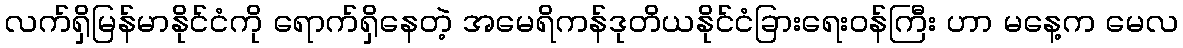
လက်ရှိမြန်မာနိုင်ငံကို ရောက်ရှိနေတဲ့ အမေရိကန်ဒုတိယနိုင်ငံခြားရေးဝန်ကြီး ဟာ မနေ့က မေလ